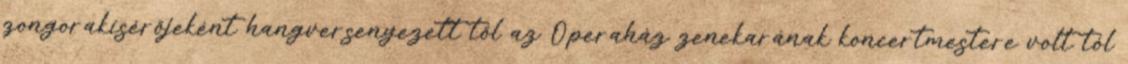
zongorakísérőjeként hangversenyezett től az Operaház zenekarának koncertmestere volt tól